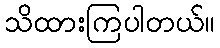
သိထားကြပါတယ်။